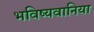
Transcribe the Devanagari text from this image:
भविष्यवानिया